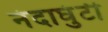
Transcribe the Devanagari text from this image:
नंदाघुंटी